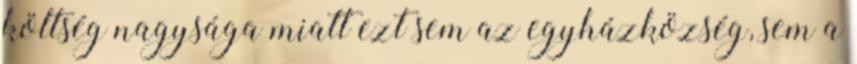
költség nagysága miatt ezt sem az egyházközség, sem a